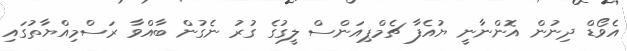
އެވޯޑް ދިނުން އޮންނާނީ ޔުއެފާ ޗެމްޕިއަންސް ލީގުގެ ގުރު ނެގުން ބާއްވާ ރަސްމިއްޔާތުގައި